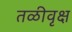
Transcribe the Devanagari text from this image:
तळीवृक्ष